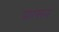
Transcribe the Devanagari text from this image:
प्राासन